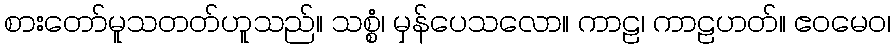
စားတော်မူသတတ်ဟူသည်။ သစ္စံ၊ မှန်ပေသလော။ ကာဠ၊ ကာဠဟတ်။ ဧဝမေဝ၊